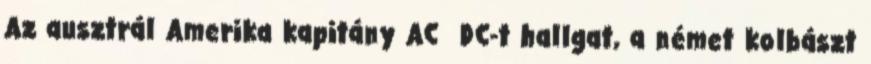
Az ausztrál Amerika kapitány AC DC-t hallgat, a német kolbászt